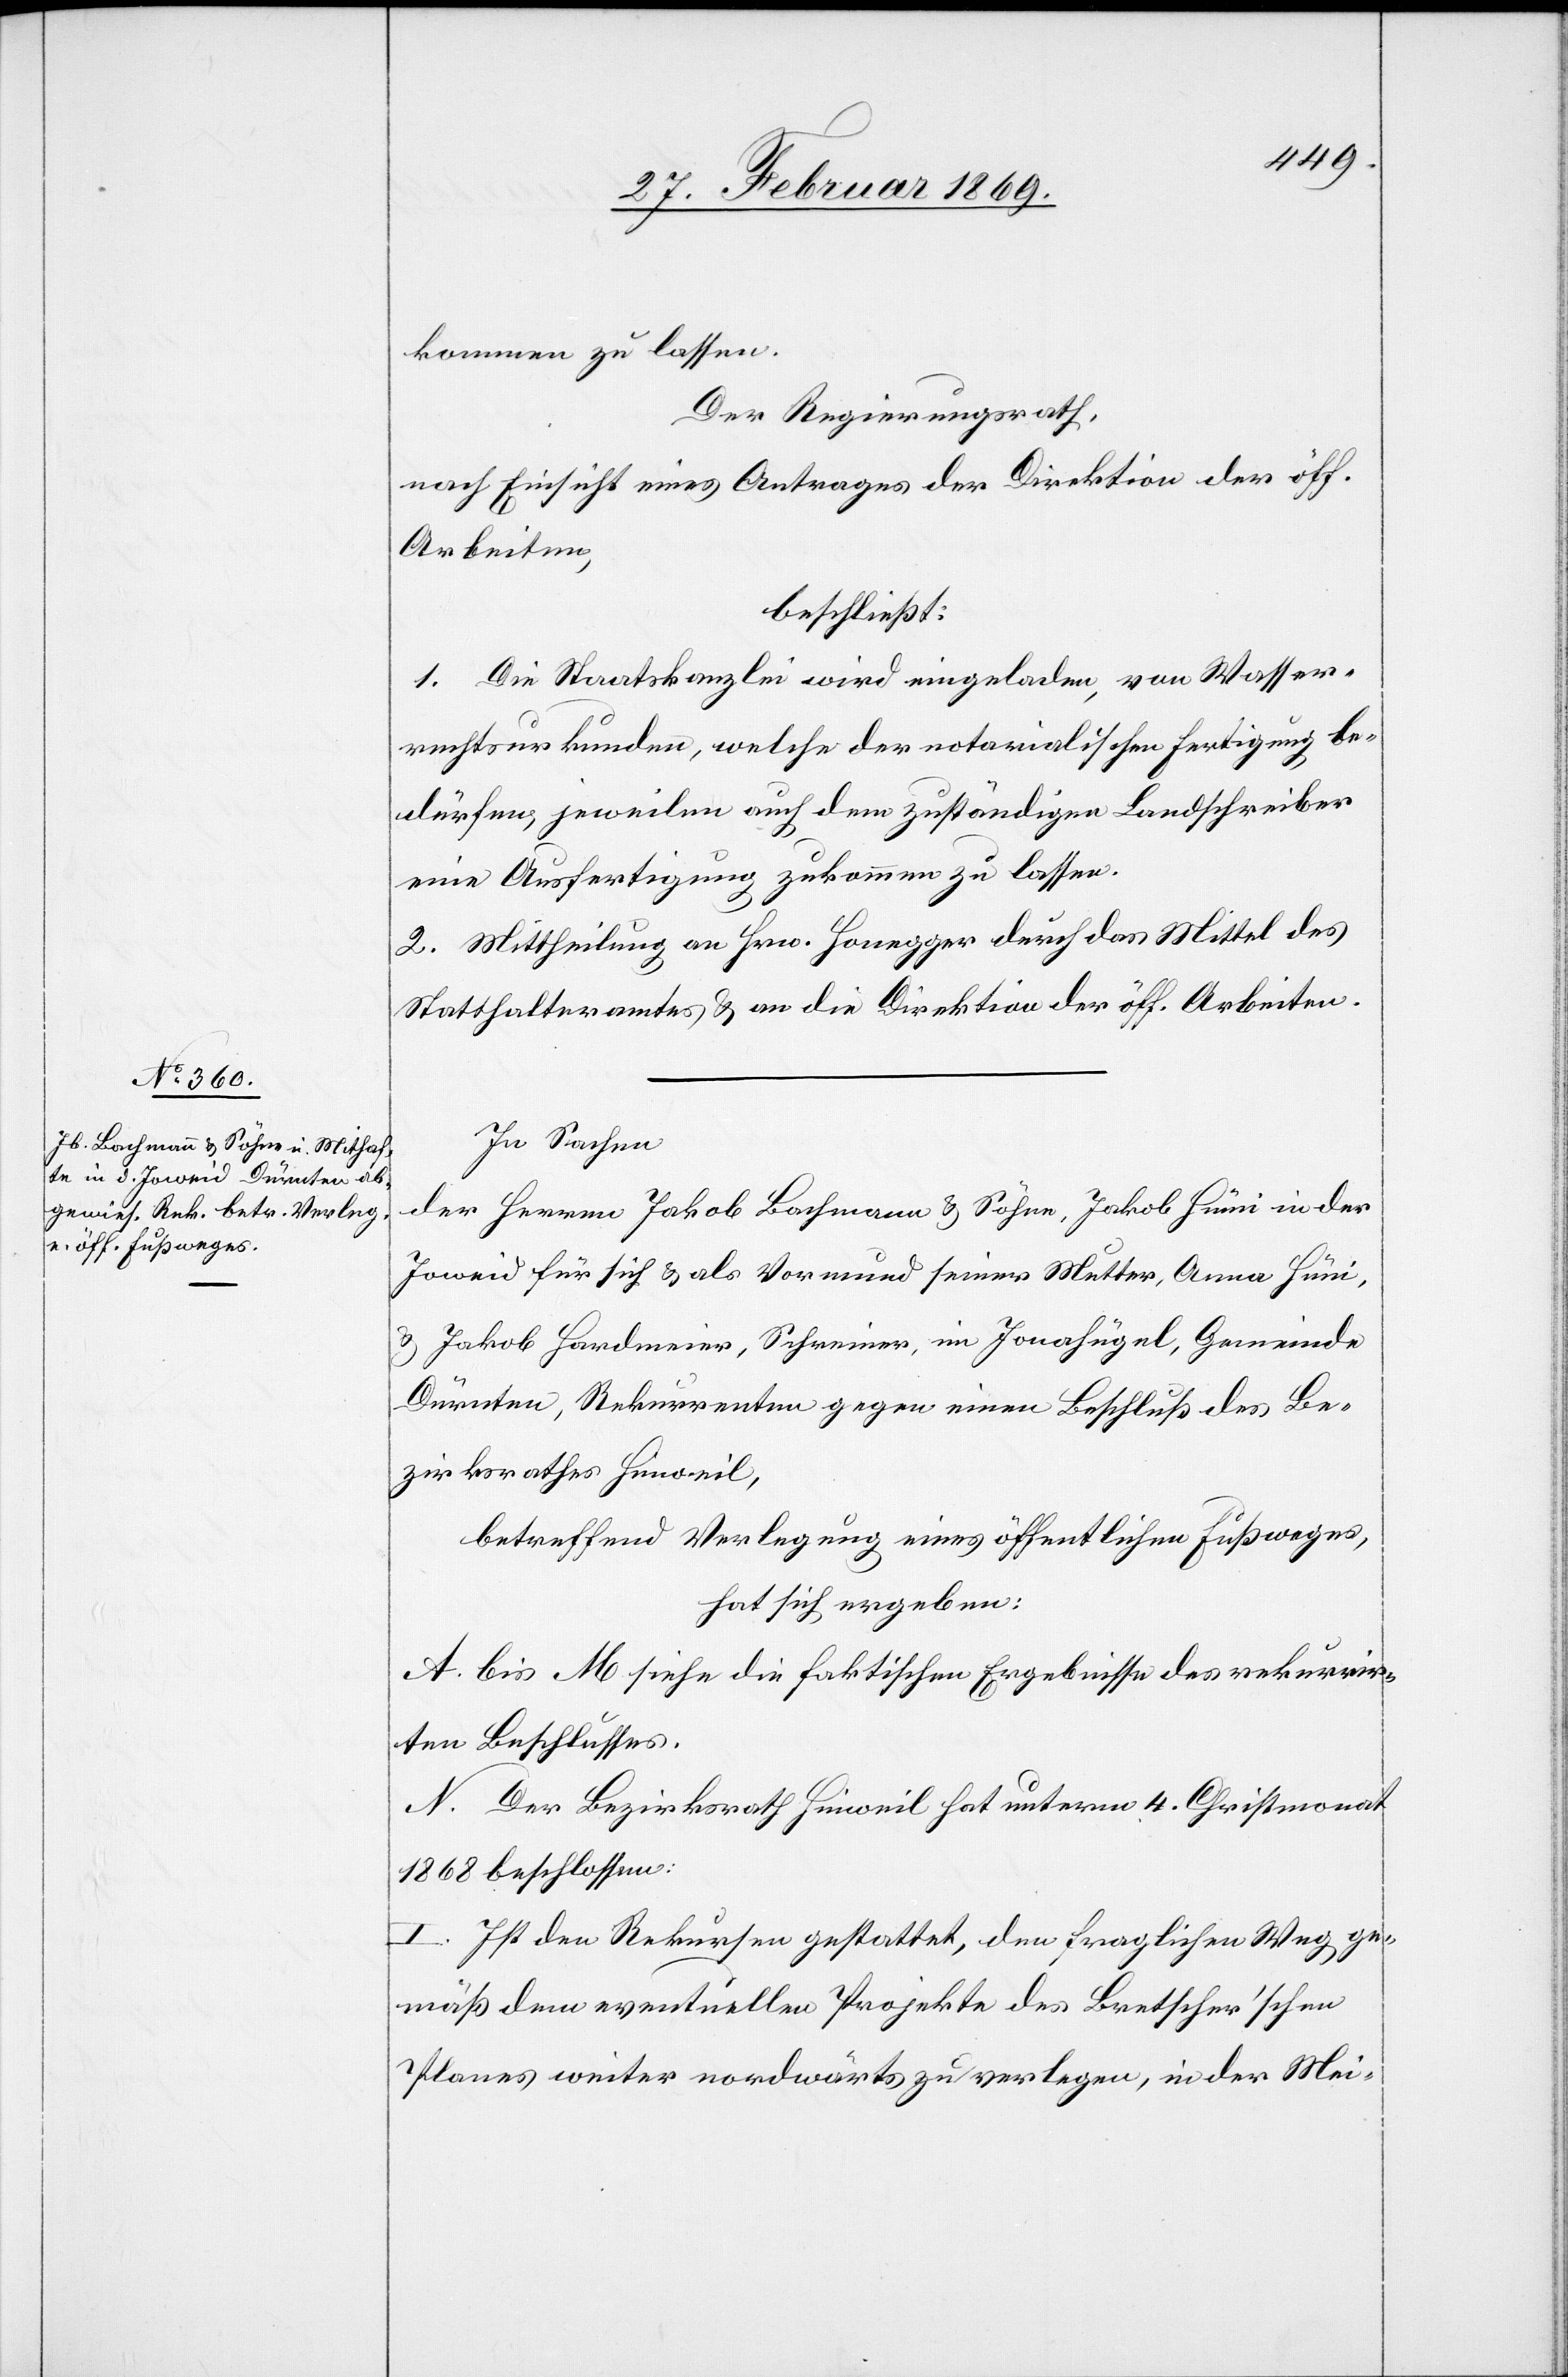
kommen zu lassen.
Der Regierungsrath,
nach Einsicht eines Antrages der Direktion der öff.
Arbeiten,
beschließt:
1. Die Staatskanzlei wird eingeladen, von Wasser¬
rechtsurkunden, welche der notarialischen Fertigung be¬
dürfen, jeweilen auch dem zuständigen Landschreiber
eine Ausfertigung zukommen zu lassen.
2. Mittheilung an Hrn. Honegger durch das Mittel des
Statthalteramtes & an die Direktion der öff. Arbeiten.
In Sachen
der Herren Jakob Bachmann & Söhne, Jakob Hüni in der
Joweid für sich & als Vormund seiner Mutter, Anna Hüni,
& Jakob Hardmeier, Schreiner, im Jonahügel, Gemeinde
Dürnten, Rekurrenten gegen einen Beschluß des Be¬
zirksrathes Hinweil,
betreffend Verlegung eines öffentlichen Fußweges,
hat sich ergeben:
A bis M siehe die faktischen Ergebnisse des rekurrir¬
ten Beschlusses.
N. Der Bezirksrath Hinweil hat unterm 4. Christmonat
1868 beschlossen:
I. Ist den Rekurrenten gestattet, den fraglichen Weg ge¬
mäß dem eventuellen Projekte des Bretscher’schen
Planes weiter nordwärts zu verlegen, in der Mei-